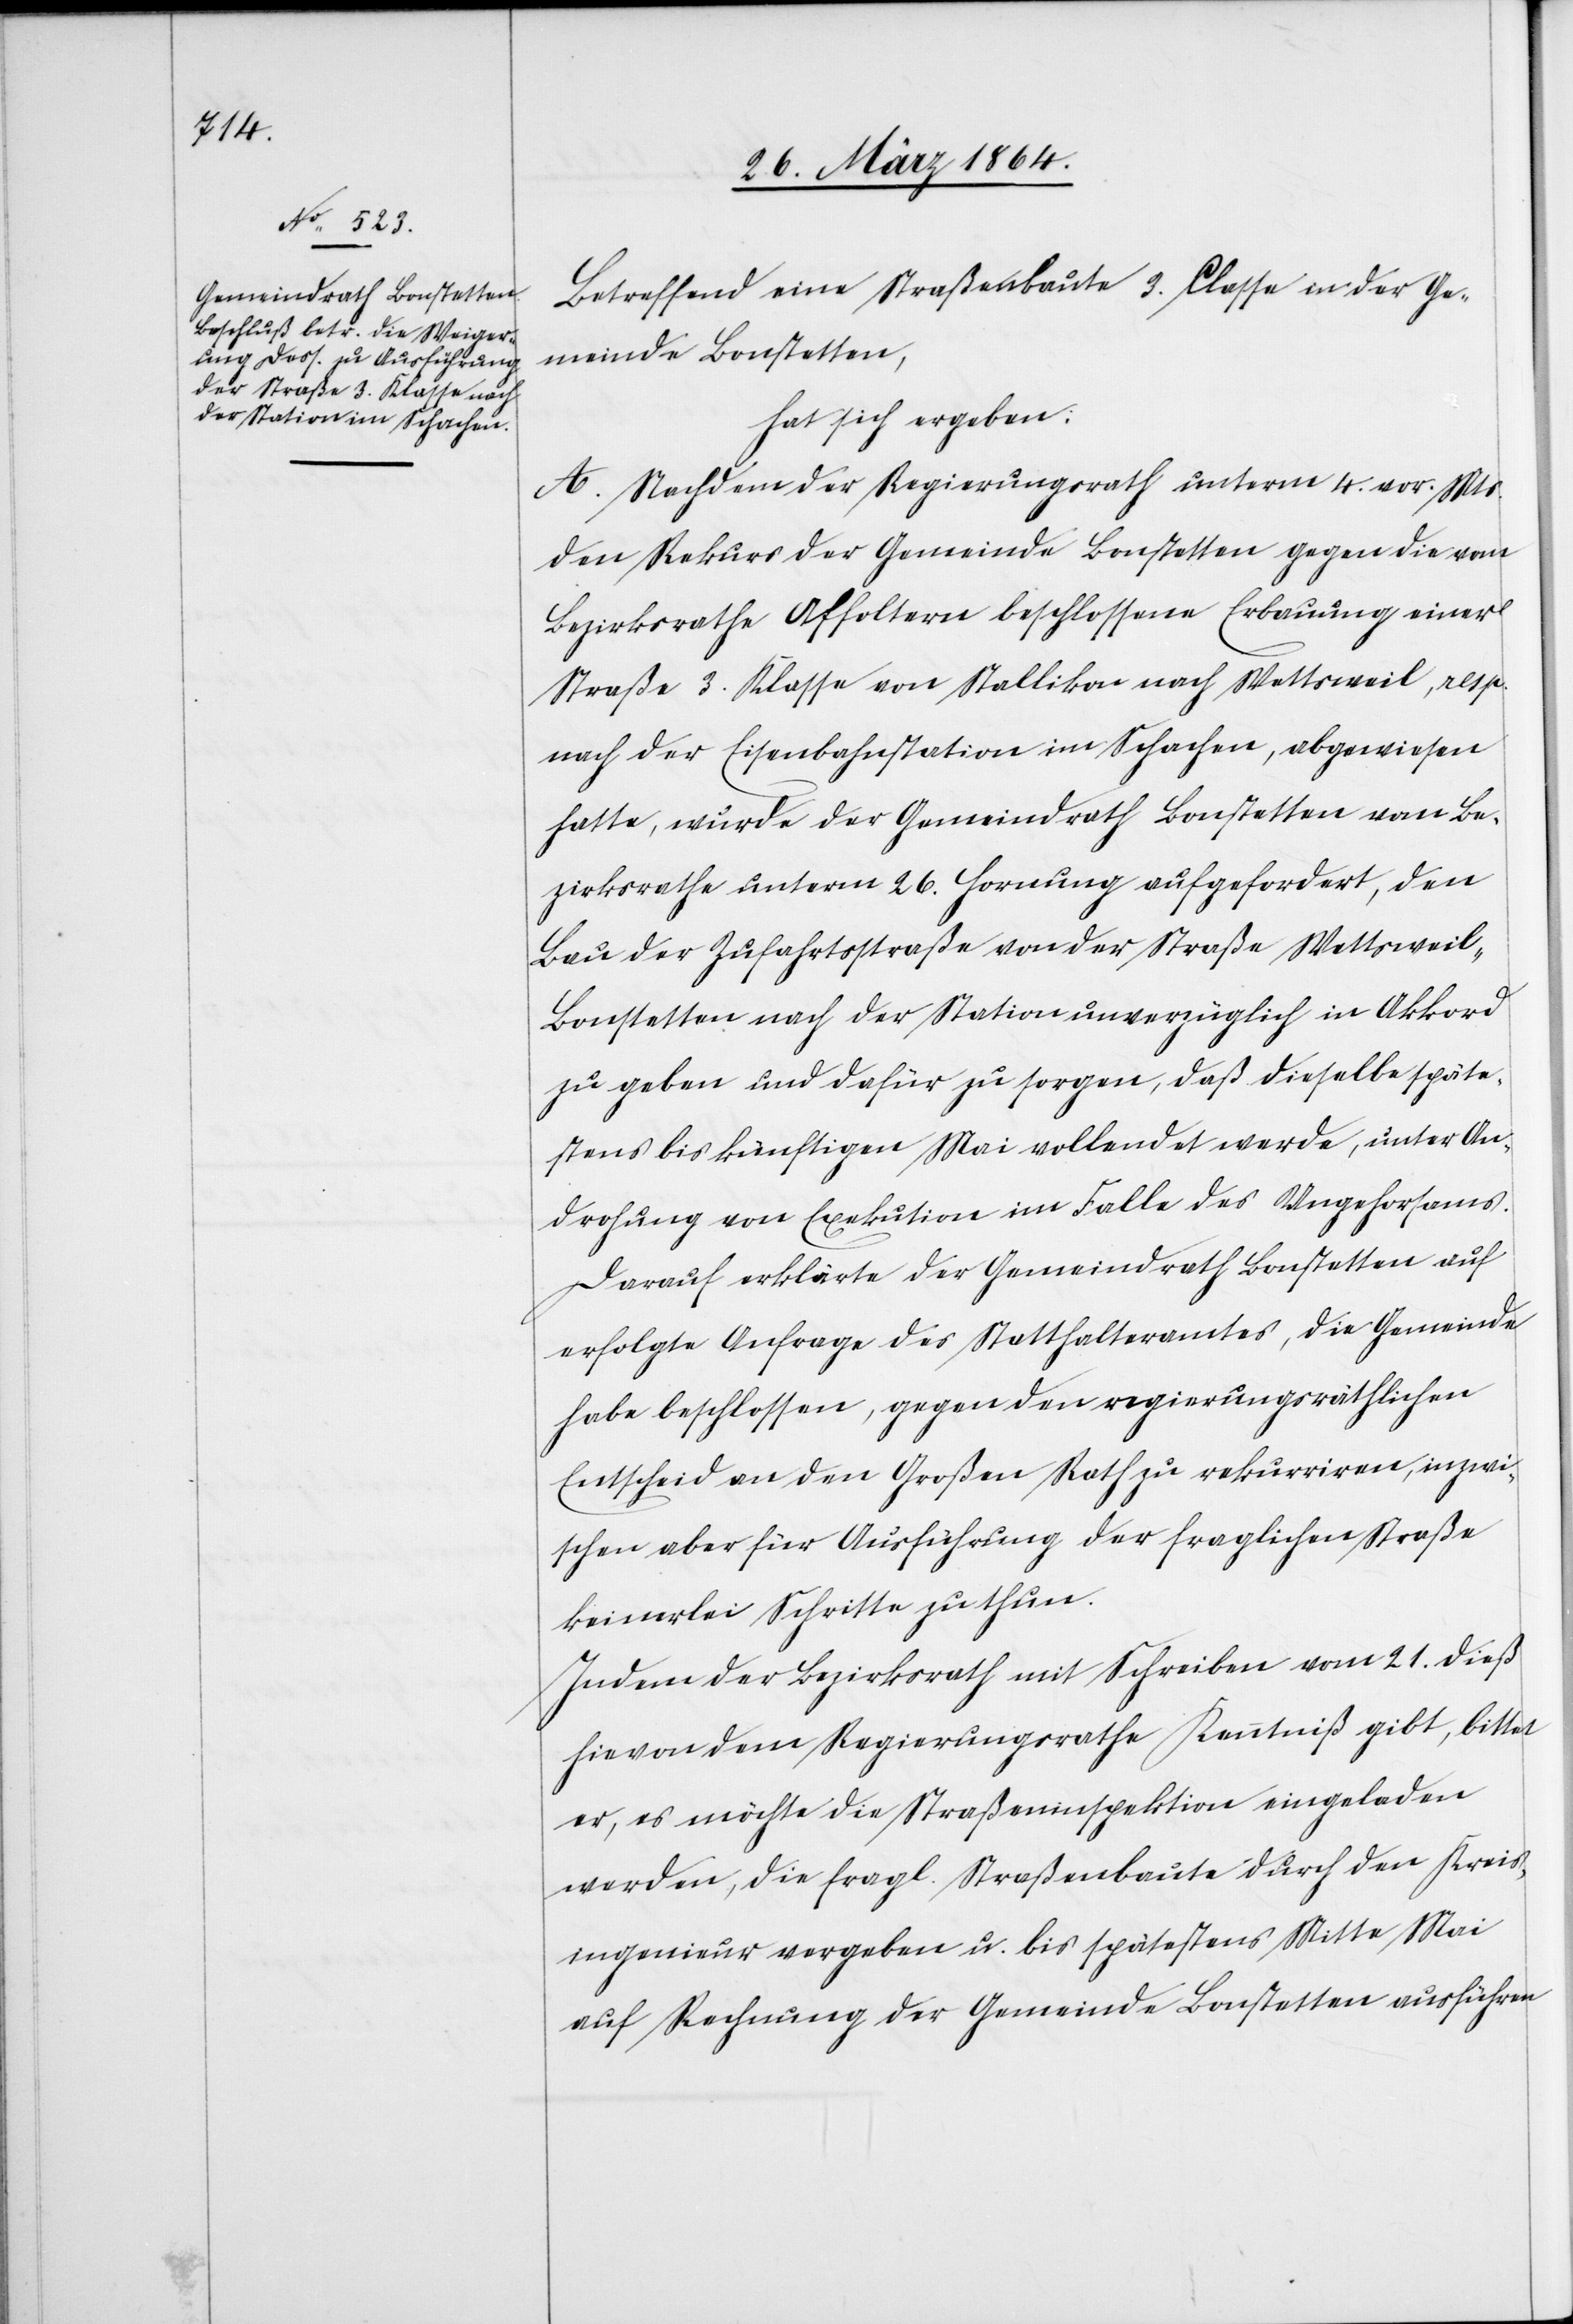
Betreffend eine Straßenbaute 3. Classe in der Ge¬
meinde Bonstetten,
hat sich ergeben:
A. Nachdem der Regierungsrath unterm 4. vor. Mts.
den Rekurs der Gemeinde Bonstetten gegen die vom
Bezirksrathe Affoltern beschlossene Erbauung einer
Straße 3. Klasse von Stallikon nach Wettsweil, resp.
nach der Eisenbahnstation im Schachen, abgewiesen
hatte, wurde der Gemeindrath Bonstetten vom Be¬
zirksrathe unterm 26. Hornung aufgefordert, den
Bau der Zufahrtsstraße von der Straße Wettsweil-B¬
onstetten nach der Station unverzüglich in Akkord
zu geben und dafür zu sorgen, daß dieselbe späte¬
stens bis künftigen Mai vollendet werden, unter D¬
rohung von Exekution im Falle des Ungehorsams.
Darauf erklärte der Gemeindrath Bonstetten auf
erfolgte Anfrage des Statthalteramtes, die Gemeinde
habe beschlossen, gegen den regierungsräthlichen
Entscheid an den Großen Rath zu rekurriren, inzwi¬
schen aber für Ausführung der fraglichen Straße
keinerlei Schritte zu thun.
Indem der Bezirksrath mit Schreiben vom 21. dieß
hievon dem Regierungsrathe Kenntniß gibt, bittet
er, es möchte die Straßeninspektion eingeladen
werden, die fragl. Straßenbaute durch den Kreis¬
ingenieur vergeben u. bis spätestens Mitte Mai
auf Rechnung der Gemeinde Bonstetten ausführen